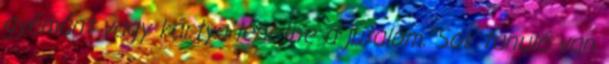
gyémánt vagy kártya lehetne a jutalom. Sok tanuló van